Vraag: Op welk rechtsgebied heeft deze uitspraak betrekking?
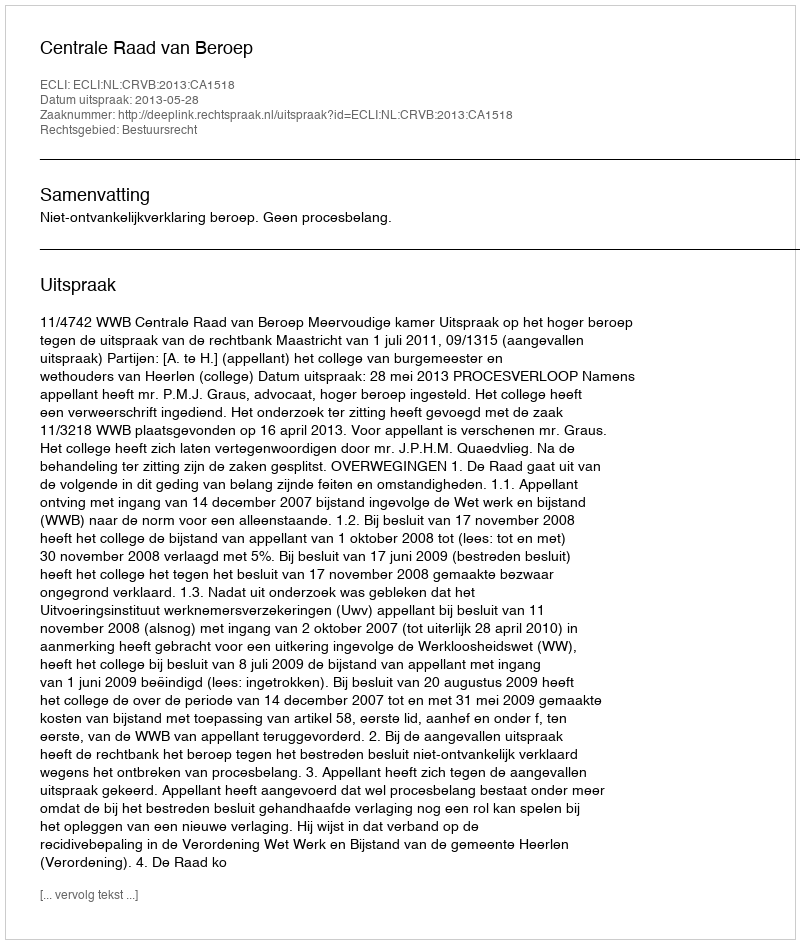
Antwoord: Bestuursrecht